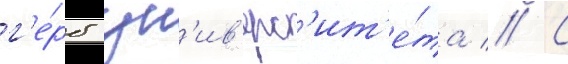
г'е́рб ун'ив'ерс'ит'е́та // С